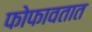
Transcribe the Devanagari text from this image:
फोफावतात